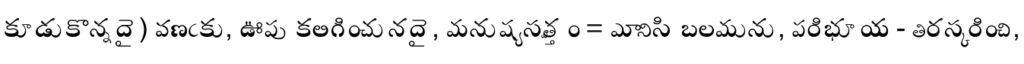
కూడుకొన్నదై) వణఁకు, ఊపు కలిగించునదై, మనుష్య సత్త్వం = మానిసి బలమును, పరిభూయ - తిరస్కరించి,